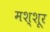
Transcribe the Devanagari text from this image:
मश्शूर